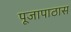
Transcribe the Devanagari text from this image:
पूजापाठास